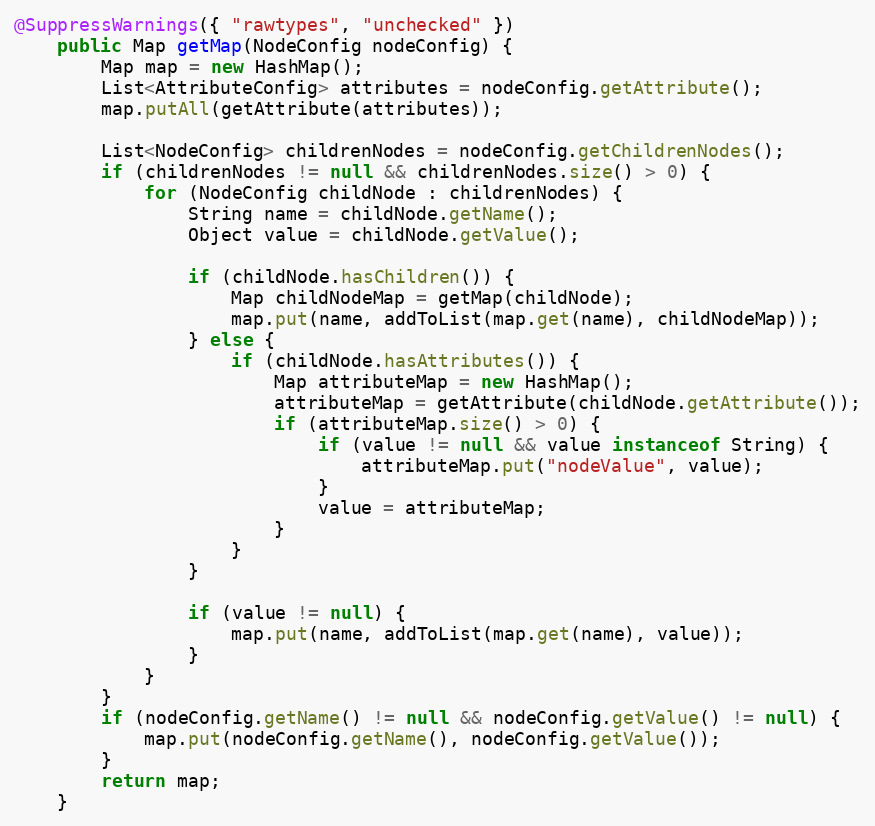
Language: Java
@SuppressWarnings({ "rawtypes", "unchecked" })
	public Map getMap(NodeConfig nodeConfig) {
		Map map = new HashMap();
		List<AttributeConfig> attributes = nodeConfig.getAttribute();
		map.putAll(getAttribute(attributes));

		List<NodeConfig> childrenNodes = nodeConfig.getChildrenNodes();
		if (childrenNodes != null && childrenNodes.size() > 0) {
			for (NodeConfig childNode : childrenNodes) {
				String name = childNode.getName();
				Object value = childNode.getValue();

				if (childNode.hasChildren()) {
					Map childNodeMap = getMap(childNode);
					map.put(name, addToList(map.get(name), childNodeMap));
				} else {
					if (childNode.hasAttributes()) {
						Map attributeMap = new HashMap();
						attributeMap = getAttribute(childNode.getAttribute());
						if (attributeMap.size() > 0) {
							if (value != null && value instanceof String) {
								attributeMap.put("nodeValue", value);
							}
							value = attributeMap;
						}
					}
				}

				if (value != null) {
					map.put(name, addToList(map.get(name), value));
				}
			}
		}
		if (nodeConfig.getName() != null && nodeConfig.getValue() != null) {
			map.put(nodeConfig.getName(), nodeConfig.getValue());
		}
		return map;
	}